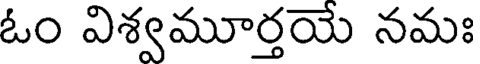
ఓం విశ్వమూర్తయే నమః